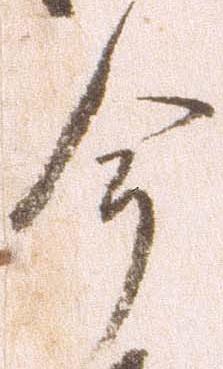
今